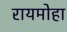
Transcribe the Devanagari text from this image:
रायमोहा